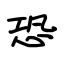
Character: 恐